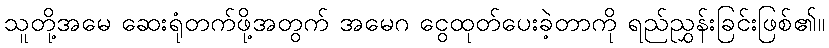
သူတို့အမေ ဆေးရုံတက်ဖို့အတွက် အမေဂ ငွေထုတ်ပေးခဲ့တာကို ရည်ညွှန်းခြင်းဖြစ်၏။